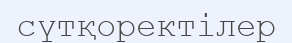
сүтқоректілер